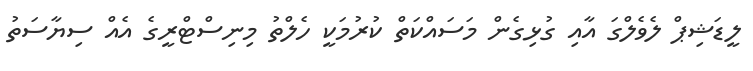
ލީޑަޝިޕް ލެވެލްގަ އާއި ގުޅިގެން މަސައްކަތް ކުރުމަކީ ހެލްތު މިނިސްޓްރީގެ އެއް ސިޔާސަތު